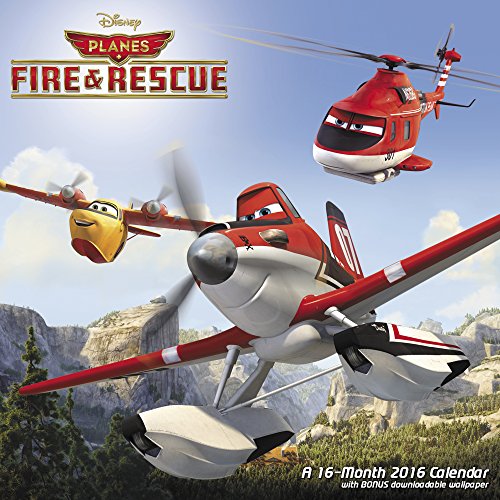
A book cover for Disney Planes Fire & Rescue Wall Calendar (2016); Day Dream; Calendars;